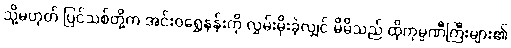
သို့မဟုတ် ပြင်သစ်တို့က အင်းဝရွှေနန်းကို လွှမ်းမိုးခဲ့လျှင် မိမိသည် ထိုကုမ္ပဏီကြီးများ၏